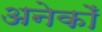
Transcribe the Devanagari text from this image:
अनेकोँ